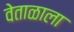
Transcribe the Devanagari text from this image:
वेताळाला